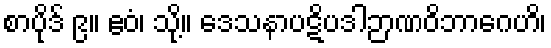
စာပိုဒ် ၉။ ဧဝံ၊ သို့။ ဒေသနာပဋိပဒါဉာဏဝိဘာဂေဟိ၊